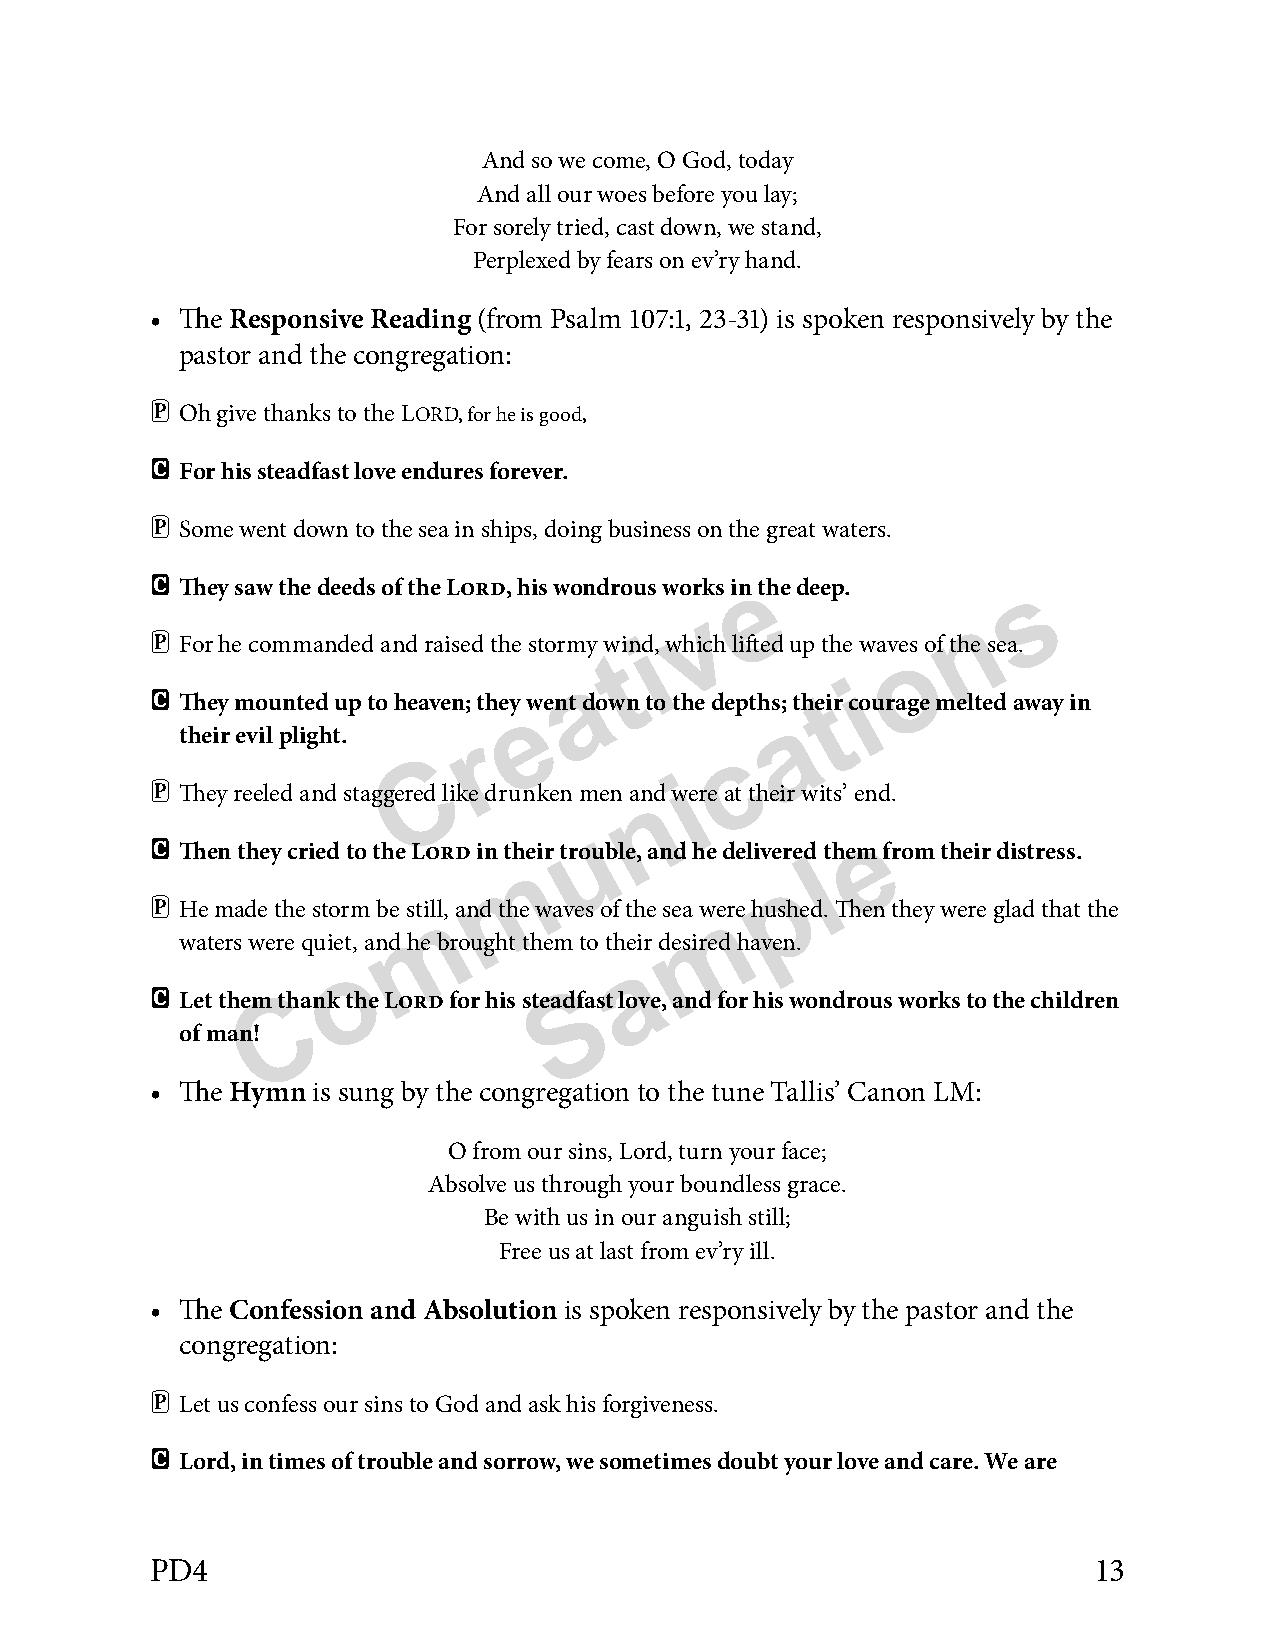
And so we come, O God, today
 And all our woes before you lay;
 For sorely tried, cast down, we stand,
 Perplexed by fears on ev’ry hand.
 • The Responsive Reading (from Psalm 107:1, 23-31) is spoken responsively by the
 pastor and the congregation:
 P
 Oh give thanks to the LORD, for he is good,
 C
 For his steadfast love endures forever.
 P
 Some went down to the sea in ships, doing business on the great waters.
 C                                       e                 s
 They saw the deeds of the Lord, his wondrous works in the deep.
 v                 n
 P For he commanded and raised the stormy wtini d, which lifted up the waveos of the sea.
 a
 i
 C They mounted up to heaven; theye went down to the depths;a thet ir courage melted away in
 r
 their evil plight.                  c
 C
 i
 P                               n
 They reeled and staggered like drunken men and were at their wits’ end.
 u                  e
 C
 Then they cried to the Lord inm their trouble, and he deliveredl them from their distress.
 p
 P                m                 m
 He made the storm be still, and the waves of the sea were hushed. Then they were glad that the
 waters were quiet, and he brought them to their desired haven.
 o                  a
 C                  S
 C
 Let them thank the Lord for his steadfast love, and for his wondrous works to the children
 of man!
 • The Hymn is sung by the congregation to the tune Tallis’ Canon LM:
 O from our sins, Lord, turn your face;
 Absolve us through your boundless grace.
 Be with us in our anguish still;
 Free us at last from ev’ry ill.
 • The Confession and Absolution is spoken responsively by the pastor and the
 congregation:
 P
 Let us confess our sins to God and ask his forgiveness.
 C
 Lord, in times of trouble and sorrow, we sometimes doubt your love and care. We are
 PD4                                                           13